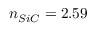
n _ { S i C } = 2 . 5 9